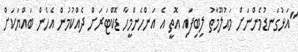
"އަޅުގަނޑުމެންނަށް މައުލޫމާތު ލިބިފައި އޮތީ އެ އަންހެންމީހާ ޑޮކްޓަރަށް ދެއްކުމުން އެހެން ބައްޔަކަށް